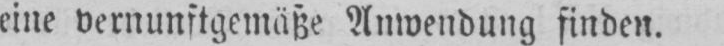
eine vernunftgemäße Anwendung finden.